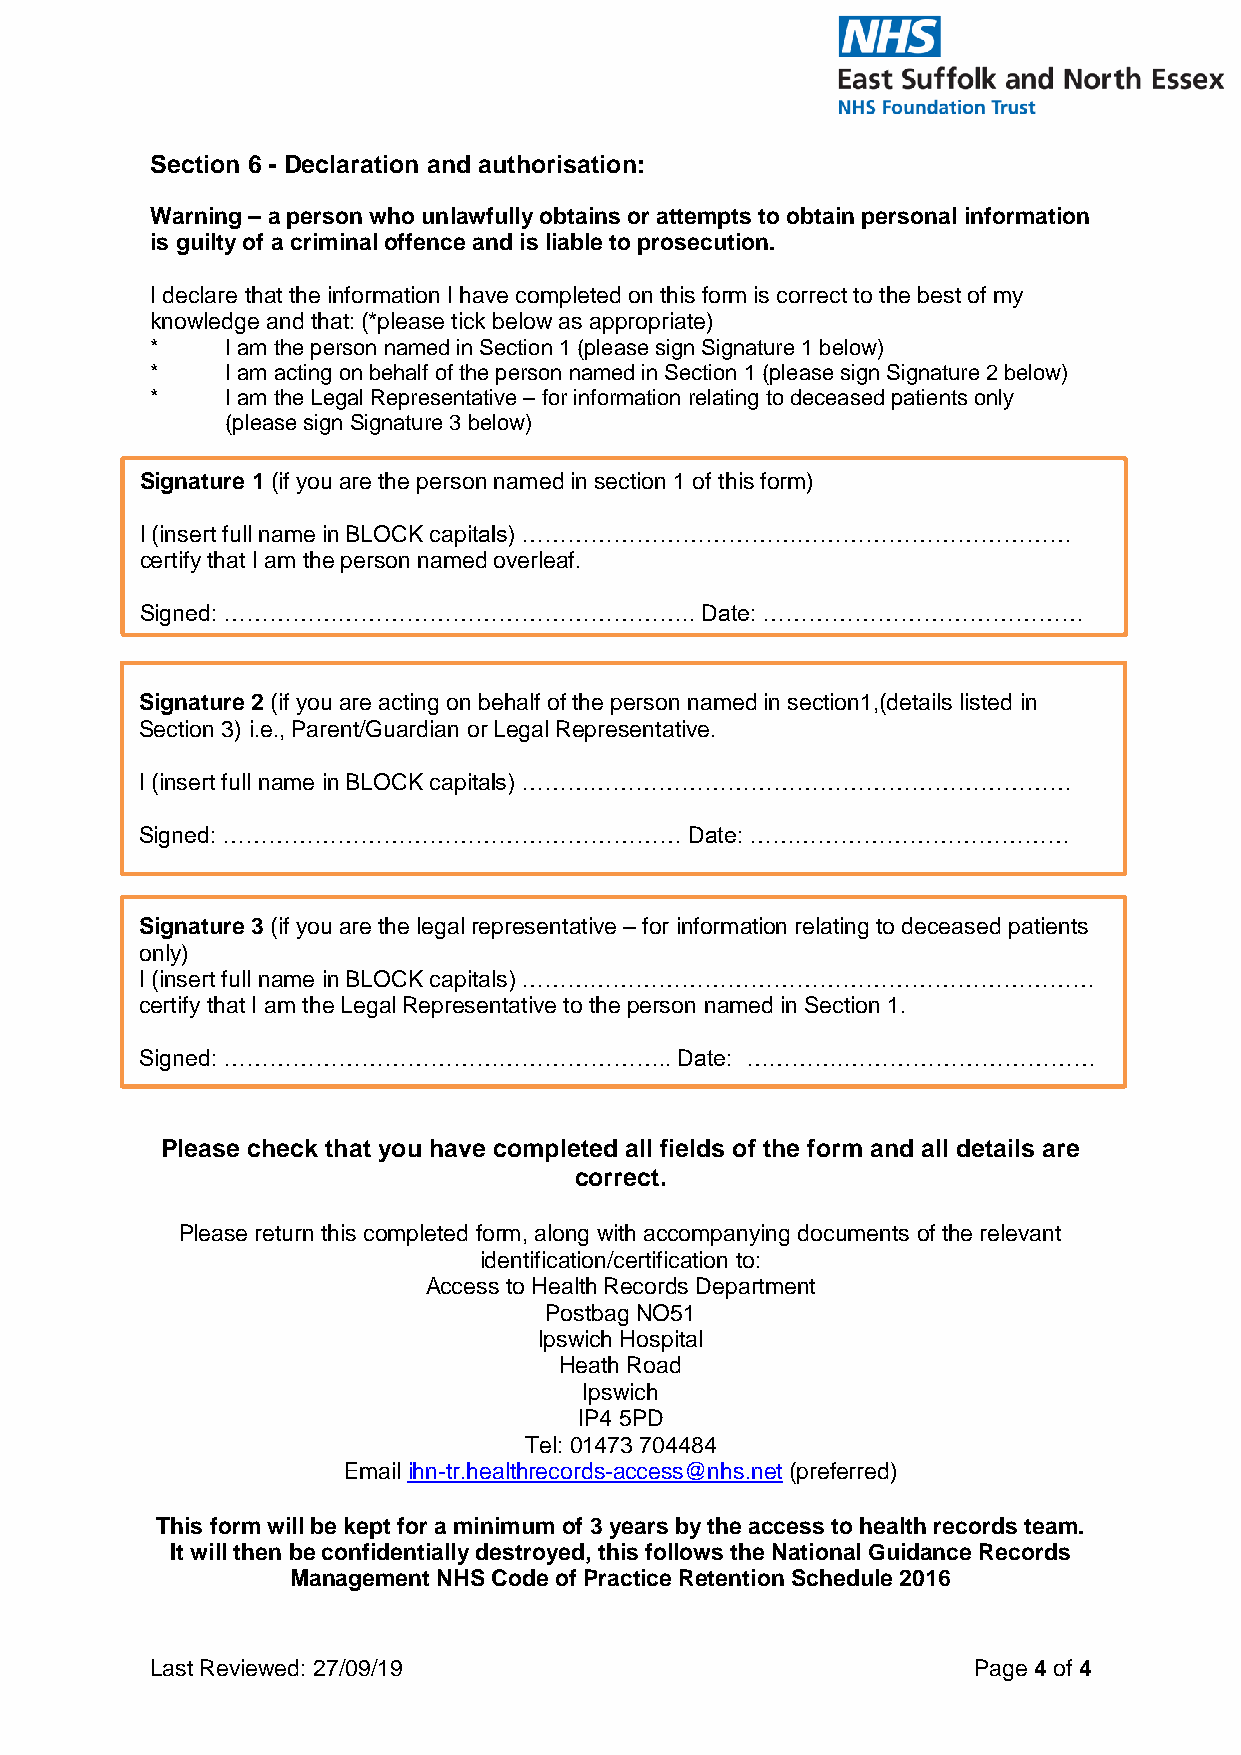
Section 6 - Declaration and authorisation:
 Warning – a person who unlawfully obtains or attempts to obtain personal information
 is guilty of a criminal offence and is liable to prosecution.
 I declare that the information I have completed on this form is correct to the best of my
 knowledge and that: (*please tick below as appropriate)
 *    I am the person named in Section 1 (please sign Signature 1 below)
 *    I am acting on behalf of the person named in Section 1 (please sign Signature 2 below)
 *    I am the Legal Representative – for information relating to deceased patients only
 (please sign Signature 3 below)
 Signatur e 1 (if you are the person named in section 1 of this form)
 I (insert full name in BLOCK capitals) ………………………………………………………………
 certify that I am the person named overleaf.
 Signed: ……………………………………………………..       Date: ……………………………………
 Signature 2 (if you are acting on behalf of the person named in section1,(details listed in
 Section 3) i.e., Parent/Guardian or Legal Representative.
 I (insert full name in BLOCK capitals) ………………………………………………………………
 Signed: ……………………………………………………         Date: ……………………………………
 Signature 3 (if you are the legal representative – for information relating to deceased patients
 o nly)
 I (insert full name in BLOCK capitals) …………………………………………………………………
 c ertify that I am the Legal Representative to the person named in Section 1.
 S igned: …………………………………………………..      Date: ………….……………………………
 Please check that you have completed all fields of the form and all details are
 correct.
 Please return this completed form, along with accompanying documents of the relevant
 identification/certification to:
 Access to Health Records Department
 Postbag NO51
 Ipswich Hospital
 Heath Road
 Ipswich
 IP4 5PD
 Tel: 01473 704484
 Email ihn-tr.healthrecords-access@nhs.net (preferred)
 This form will be kept for a minimum of 3 years by the access to health records team.
 It will then be confidentially destroyed, this follows the National Guidance Records
 Management NHS Code of Practice Retention Schedule 2016
 Last Reviewed: 27/09/19                               Page 4 of 4